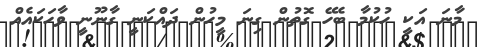
މާނަ އަކީ ހުކުމާ ބެހޭ ގޮތުން ގިނަ މީހުން ދައްކަނީ ގާނޫނީ ވާހަކައެއް